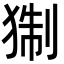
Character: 猘